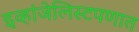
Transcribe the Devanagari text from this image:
इव्हांजेलिस्टपणात